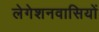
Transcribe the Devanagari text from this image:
लेगेशनवासियों